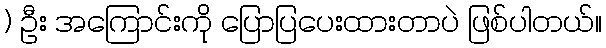
) ဦး အကြောင်းကို ပြောပြပေးထားတာပဲ ဖြစ်ပါတယ်။